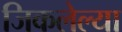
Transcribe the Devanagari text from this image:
जिकलेल्या